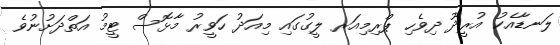
ލަނޑާއެކު އުރީދޫ ދިވެހި ޕްރިމިއަރ ލީގުގައި މިއަދު ހަވީރު މާޅޮސް ޓީމު އަތްދަށުނުވެ